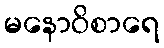
မနောဝိစာရေ